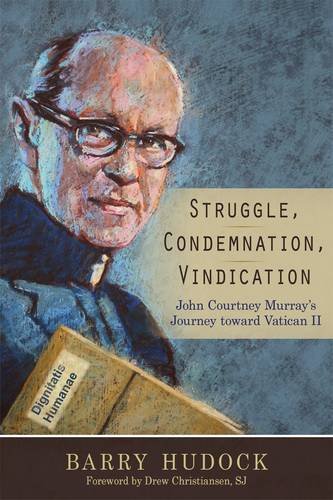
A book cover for Struggle, Condemnation, Vindication: John Courtney Murray's Journey toward Vatican II; Barry Hudock; Christian Books & Bibles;